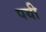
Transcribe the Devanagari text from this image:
पयी